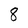
Character: 8